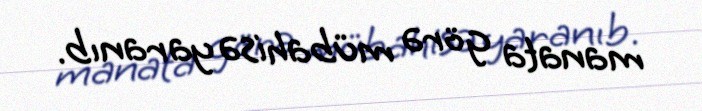
manata görə mübahisə yaranıb.